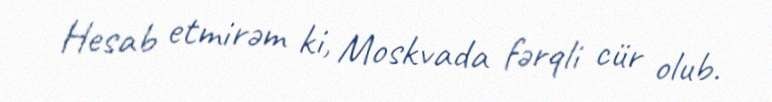
Hesab etmirəm ki, Moskvada fərqli cür olub.